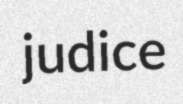
judice